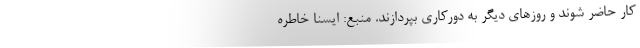
کار حاضر شوند و روزهای دیگر به دورکاری بپردازند. منبع: ایسنا خاطره